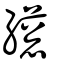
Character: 𦇎